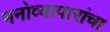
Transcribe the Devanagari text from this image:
मनोव्यापारांचा